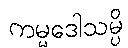
ကမ္မဒေါသမ္ပိ